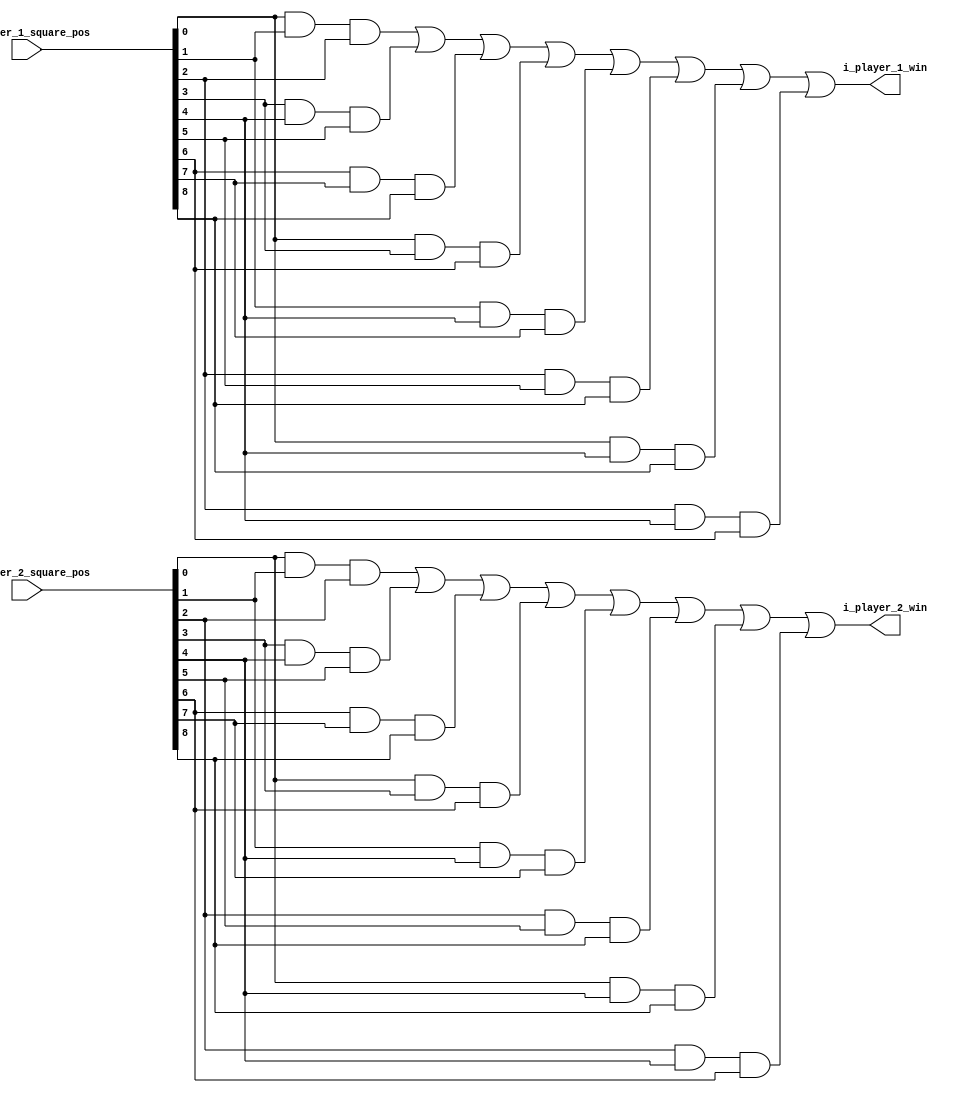
`timescale 1ns / 1ps

module verify_positions(
    input  wire [9:1] i_player_1_square_pos,
    input  wire [9:1] i_player_2_square_pos,
    output wire i_player_1_win, 
    output wire i_player_2_win
    );


    wire p1_win_pos_1, p1_win_pos_2, p1_win_pos_3, p1_win_pos_4, p1_win_pos_5, p1_win_pos_6, p1_win_pos_7, p1_win_pos_8;
    wire p2_win_pos_1, p2_win_pos_2, p2_win_pos_3, p2_win_pos_4, p2_win_pos_5, p2_win_pos_6, p2_win_pos_7, p2_win_pos_8;

    assign p1_win_pos_1 = (i_player_1_square_pos[1] &  i_player_1_square_pos[2] &  i_player_1_square_pos[3]);
    assign p1_win_pos_2 = (i_player_1_square_pos[4] &  i_player_1_square_pos[5] &  i_player_1_square_pos[6]);
    assign p1_win_pos_3 = (i_player_1_square_pos[7] &  i_player_1_square_pos[8] &  i_player_1_square_pos[9]);
    assign p1_win_pos_4 = (i_player_1_square_pos[1] &  i_player_1_square_pos[4] &  i_player_1_square_pos[7]);
    assign p1_win_pos_5 = (i_player_1_square_pos[2] &  i_player_1_square_pos[5] &  i_player_1_square_pos[8]);
    assign p1_win_pos_6 = (i_player_1_square_pos[3] &  i_player_1_square_pos[6] &  i_player_1_square_pos[9]);
    assign p1_win_pos_7 = (i_player_1_square_pos[1] &  i_player_1_square_pos[5] &  i_player_1_square_pos[9]);
    assign p1_win_pos_8 = (i_player_1_square_pos[3] &  i_player_1_square_pos[5] &  i_player_1_square_pos[7]);
    assign i_player_1_win =  ( p1_win_pos_1 |  p1_win_pos_2 |  p1_win_pos_3 |  p1_win_pos_4 |  p1_win_pos_5 |  p1_win_pos_6 |  p1_win_pos_7 |  p1_win_pos_8 );
    
    assign p2_win_pos_1 = (i_player_2_square_pos[1] &  i_player_2_square_pos[2] &  i_player_2_square_pos[3]);
    assign p2_win_pos_2 = (i_player_2_square_pos[4] &  i_player_2_square_pos[5] &  i_player_2_square_pos[6]);
    assign p2_win_pos_3 = (i_player_2_square_pos[7] &  i_player_2_square_pos[8] &  i_player_2_square_pos[9]);
    assign p2_win_pos_4 = (i_player_2_square_pos[1] &  i_player_2_square_pos[4] &  i_player_2_square_pos[7]);
    assign p2_win_pos_5 = (i_player_2_square_pos[2] &  i_player_2_square_pos[5] &  i_player_2_square_pos[8]);
    assign p2_win_pos_6 = (i_player_2_square_pos[3] &  i_player_2_square_pos[6] &  i_player_2_square_pos[9]);
    assign p2_win_pos_7 = (i_player_2_square_pos[1] &  i_player_2_square_pos[5] &  i_player_2_square_pos[9]);
    assign p2_win_pos_8 = (i_player_2_square_pos[3] &  i_player_2_square_pos[5] &  i_player_2_square_pos[7]);
    assign i_player_2_win =  ( p2_win_pos_1 |  p2_win_pos_2 |  p2_win_pos_3 |  p2_win_pos_4 |  p2_win_pos_5 |  p2_win_pos_6 |  p2_win_pos_7 |  p2_win_pos_8 );
    
endmodule